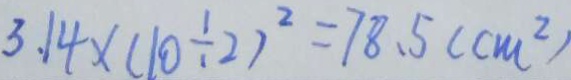
3 . 1 4 \times ( 1 0 \div 2 ) ^ { 2 } = 7 8 . 5 ( c m ^ { 2 } )